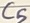
Text: C5